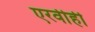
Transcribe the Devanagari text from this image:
एरवीही